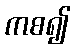
ကစ၍